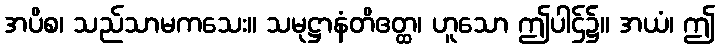
အပိစ၊ သည်သာမကသေး။ သမုဋ္ဌာနံတိဧတ္ထ၊ ဟူသော ဤပါဌ်၌။ အယံ၊ ဤ